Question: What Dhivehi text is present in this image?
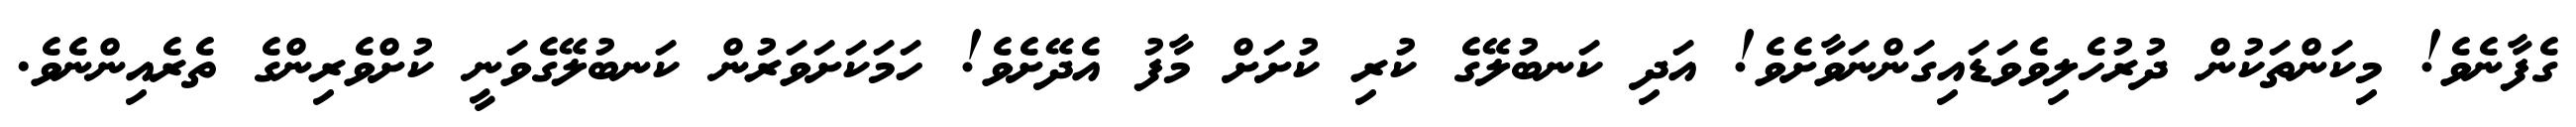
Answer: ގެފާނެވެ! މިކަންތަކުން ދުރުހެލިވެވަޑައިގަންނަވާށެވެ! އަދި ކަނބުލޭގެ ކުރި ކުށަށް މާފު އެދޭށެވެ! ހަމަކަށަވަރުން ކަނބުލޭގެވަނީ ކުށްވެރިންގެ ތެރެއިންނެވެ.